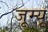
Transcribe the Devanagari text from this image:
जूम्यू